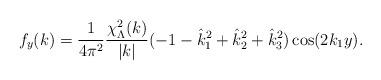
LaTeX: \begin{align*}f_y(k) = \frac{1}{4 \pi^2}\frac{\chi^2_{\Lambda}(k)}{|k|} (-1-\hat{k}_1^2+\hat{k}_2^2+\hat{k}_3^2)\cos(2k_1y).\end{align*}